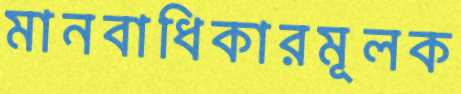
মানবাধিকারমূলক